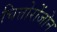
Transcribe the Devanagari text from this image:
चित्तोरोंजोन